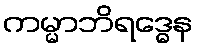
ကမ္မာဘိရဒ္ဓေန